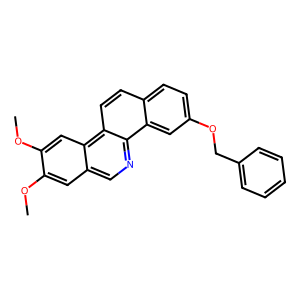
SMILES: COc1cc2cnc3c4cc(OCc5ccccc5)ccc4ccc3c2cc1OC
Inhibits HIV replication: No